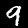
Digit: 9